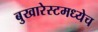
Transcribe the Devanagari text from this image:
बुखारेस्टमध्येच